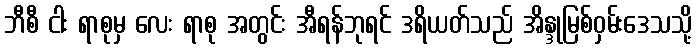
ဘီစီ ငါး ရာစုမှ လေး ရာစု အတွင်း အီရန်ဘုရင် ဒရိယတ်သည် အိန္ဒုမြစ်ဝှမ်းဒေသသို့